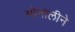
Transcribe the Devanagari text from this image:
मोनालीने